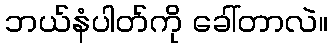
ဘယ်နံပါတ်ကို ခေါ်တာလဲ။